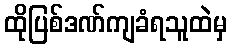
ထိုပြစ်ဒဏ်ကျခံရသူထဲမှ